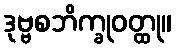
ဒုဗ္ဗစဘိက္ခုဝတ္ထု။